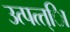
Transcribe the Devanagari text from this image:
उत्पत्त्िा